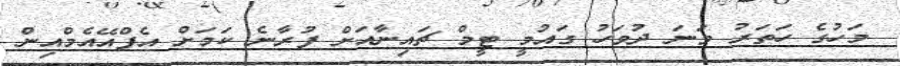
މަހުގެ ހަތަރު ވަނަ ދުވަހު ގައުމީ ޓީމް ޗައިނާއަށް ފުރާނެ ކަމަށް އެފްއޭއެމްއިން